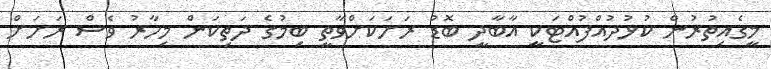
މީގެއިތުރުން ކުޅުދުއްފުއްޓަކީ އާބާދީ ބޮޑު ރަށަކަށްވާތީ ބިމުގެ ދަތިކަން މިހާރު ވެސް ރަށަށް